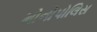
મોનોપોલિસ